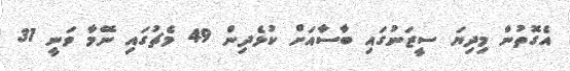
އެގޮތުން މިދިޔަ ސީޒަނުގައި ބާސާއަށް ކުޅެދިން 49 މެޗުގައި ނޭމާ ވަނީ 31